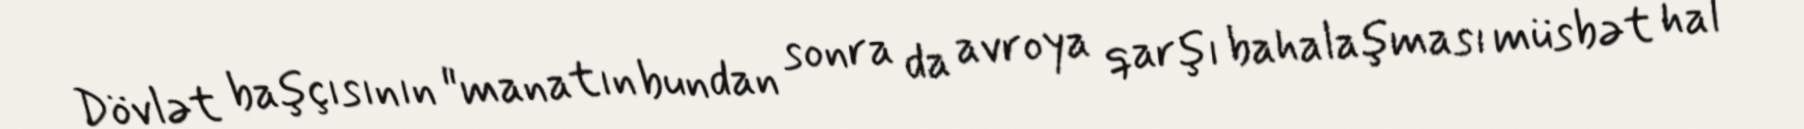
Dövlət başçısının "manatın bundan sonra da avroya qarşı bahalaşması müsbət hal